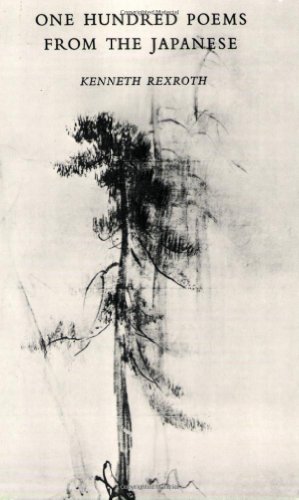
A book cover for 100 Poems from the Japanese; Literature & Fiction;